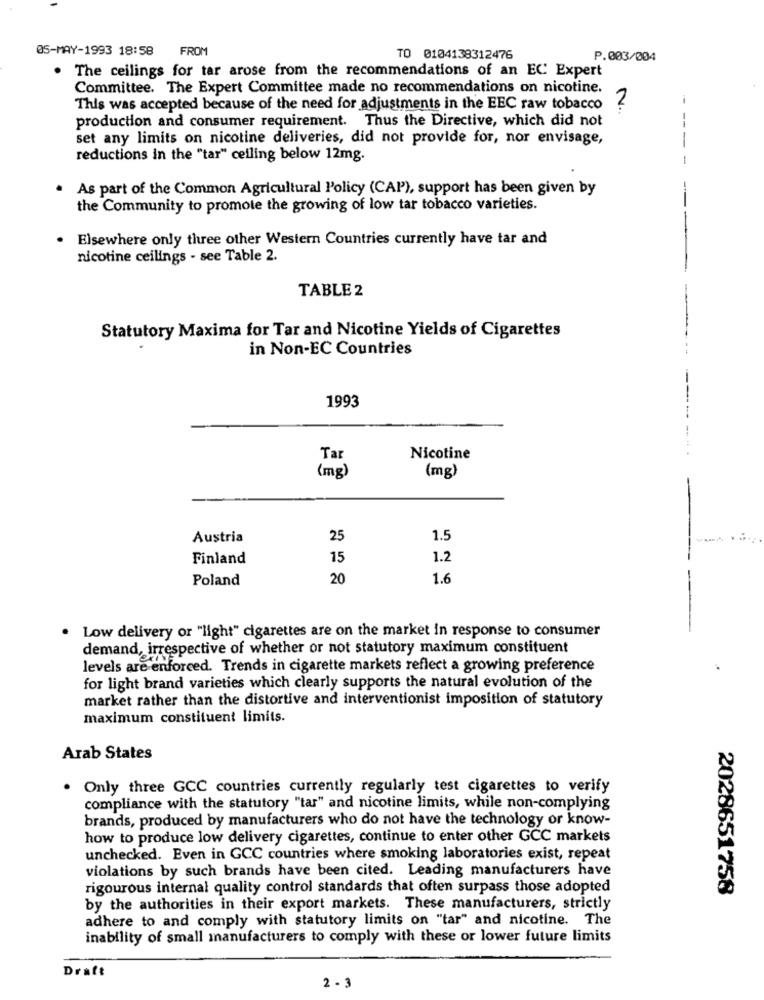
05-MAY-1993 18:58
FROM
TO 0104138312476
P.003/004
. The ceilings for tar arose from the recommendations of an EC Expert
Committee. The Expert Committee made no recommendations on nicotine.
This was accepted because of the need for adjustments in the EEC raw tobacco
N.
--
production and consumer requirement. Thus the Directive, which did not
set any limits on nicotine deliveries, did not provide for, nor envisage,
-
reductions in the "tar" ceiling below 12mg.
As part of the Common Agricultural Policy (CAP), support has been given by
-
the Community to promote the growing of low tar tobacco varieties.
. Elsewhere only three other Western Countries currently have tar and
nicotine ceilings - see Table 2.
TABLE 2
Statutory Maxima for Tar and Nicotine Yields of Cigarettes
in Non-EC Countries
--
1993
Tar
Nicotine
(mg)
(mg)
Austria
25
1.5
Finland
15
1.2
1
Poland
20
1.6
Low delivery or "light" cigarettes are on the market in response to consumer
demand, irrespective of whether or not statutory maximum constituent
levels are enforced. Trends in cigarette markets reflect a growing preference
for light brand varieties which clearly supports the natural evolution of the
market rather than the distortive and interventionist imposition of statutory
maximum constituent limits.
Arab States
. Only three GCC countries currently regularly test cigarettes to verify
compliance with the statutory "tar" and nicotine limits, while non-complying
brands, produced by manufacturers who do not have the technology or know-
how to produce low delivery cigarettes, continue to enter other GCC markets
unchecked. Even in GCC countries where smoking laboratories exist, repeat
violations by such brands have been cited. Leading manufacturers have
rigourous internal quality control standards that often surpass those adopted
2028651758
by the authorities in their export markets. These manufacturers, strictly
adhere to and comply with statutory limits on "tar" and nicotine. The
inability of small manufacturers to comply with these or lower future limits
Draft
2 - 3